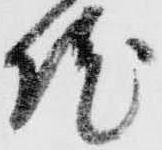
院